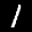
Label: 1